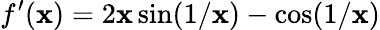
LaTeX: f^{\prime}(\mathbf{x})=2\mathbf{x}\sin(1/\mathbf{x})-\cos(1/\mathbf{x})